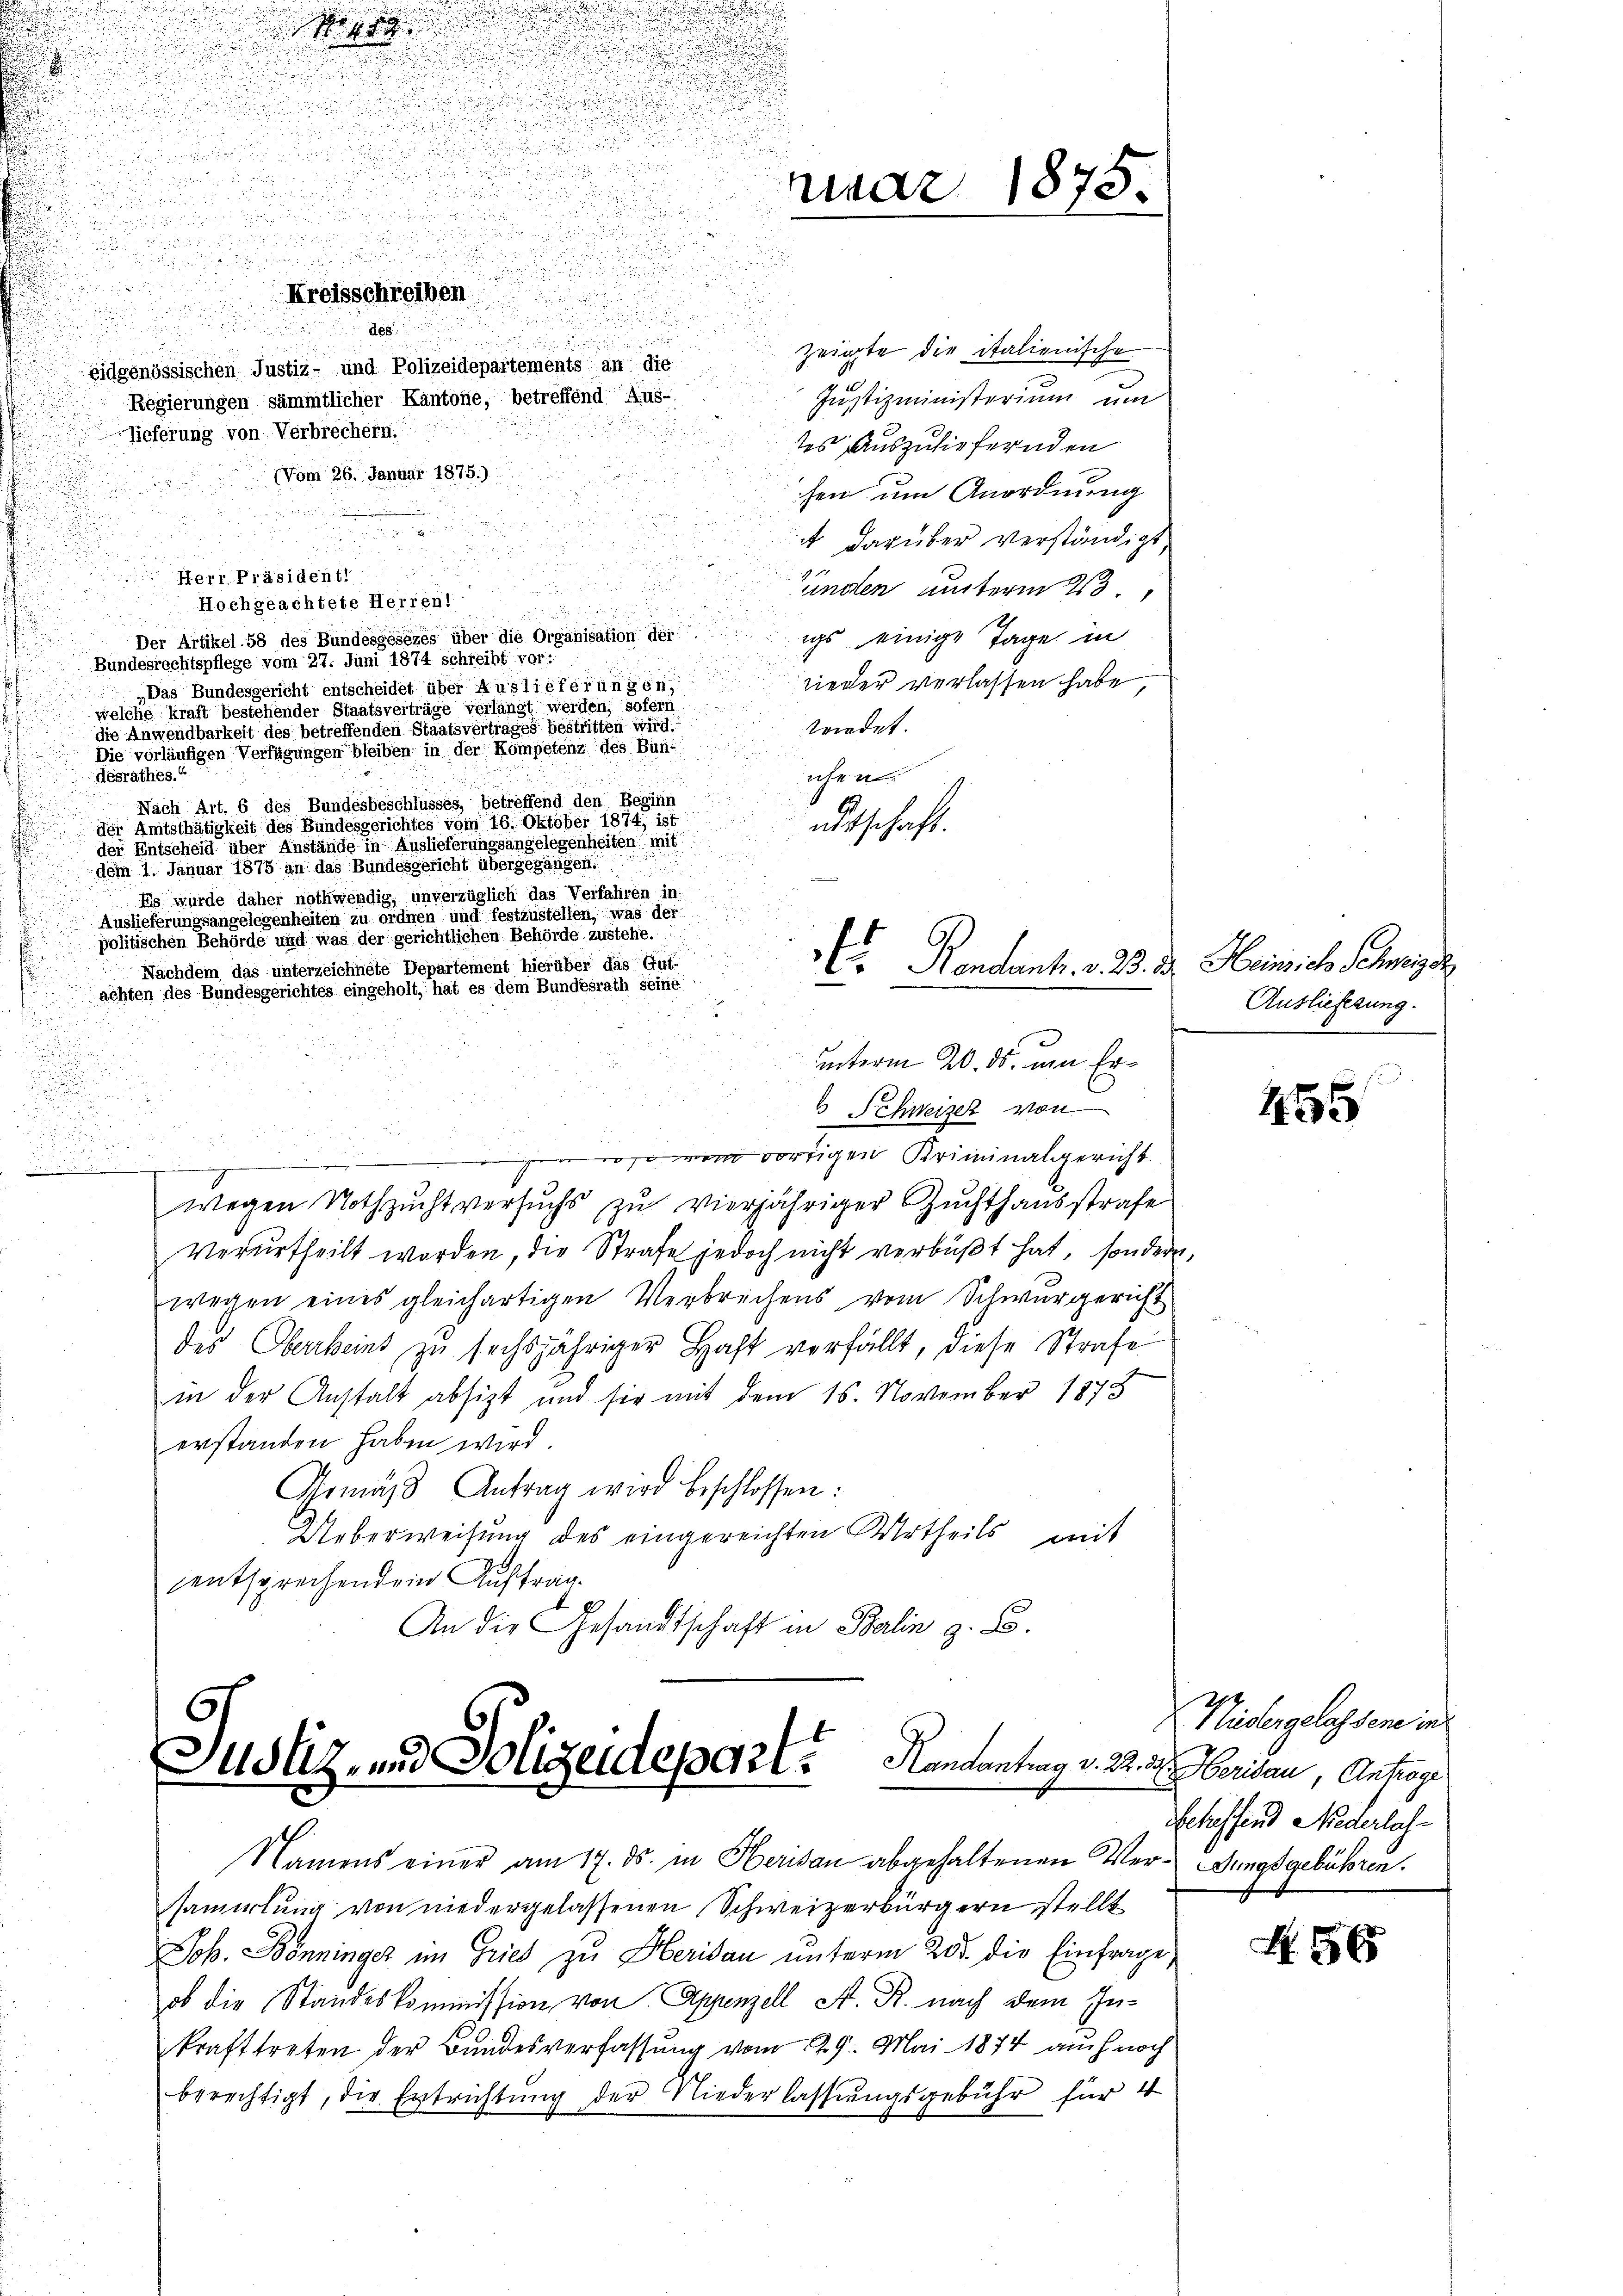
.

Me

u

u

u

u
i

Kreisschreiben
.

u
.
Eidgenössischen Justiz- und Polizeidepartements an die
Regierungen sämmtlicher Kantone, betreffend Aus-
lieferung von Verbrechern.

zeigte die italienische
Justizministerium um
tes auszuliefernden
(Vom 26. Januar 1875.)
chen um Anordnung
A darüber verständigt,
Herr Präsidentl
n
Günden unterm 23.
Hochgeachtete Herren!

igs einige Tage in
Der Artikel 58 des Bundesgesezes über die Organisation der
Bundesrechtspflege vom 27. Juni 1874 schreibt vor:
nieder verlassen habe,
Das Bundesgericht entscheidet über Auslieferungen
welche Kraft bestehender Staatsverträge verlangt werden, sofern
wredet.
die Anwendbarkeit des betreffenden Staatsvertrages bestritten wird.
Die vorläufigen Verfügungen bleiben in der Kompetenz des Bundesrathes.
ichen.
Nach Art. 6 des Bundesbeschlusses, betreffend den Beginn
der Amtsthätigkeit des Bundesgerichtes vom 16. Oktober 1874 ist
adtschaft.
der Entscheid über Anstände in Auslieferungsangelegenheiten mit
dem 1. Januar 1875 an das Bundesgericht übergegangen.
Es wurde daher nothwendig, unverzüglich das Verfahren in
Auslieferungsangelesenheiten zu ordnen und festzustellen, was der
politischen Behörde und was der gerichtlichen Behörde zustehe.
Bendant. v. 3. d. Heinriche Peinige
Nachdem das unterzeichnete Departement hierüber das Gutachten des Bundesgerichtes eingeholt, hat es dem Bundesrath seine
n
uinterm 20. ds. um Ern
6 Schweizer von
d
roso von vorigen Kriminalgericht.
wegen Nothzuchtversuchs zu vierjähriger Zuchthausstrafe
Verurtheilt worden, die Strafe jedoch nicht verbüßt hat, sondern.
wegen eines gleichartigen Verbrechens vom Schwurgericht
des Oberbeins zŭ sechsjähriger Haft verfällt, diese Strafe
in der Anstalt absizt und sie mit dem 15. November 1873
erstanden haben wird.
Urmäβ Antrag wird beschlossen:
Ueberweisung des eingereichten Urtheils mit
entsprechenden Auftrag.

nuar 1875.

Juolz- und Sorgeldes der Handantrag v. 22. 7. Heridau, Antrage
“

Namens einer am 17. ds. in Herisau abgehaltenen Ver- Sungsgebühren.
samirtung von niedergelassenen Schweizerbürgern stellt
Job. Bonninger im Gries zu Heridau unterm 205. die Einfrage,
ob die Standeskommission von Appenzell A. R. nach dem Inkrafttreten der Bundesverfassung vom 229. Mai 1874 auch noch
berechtigt, die Entrichtung der Niederlassungsgebühr für 4

Auslieferung.

455

Nidergelassene in
Scheffend Niederlas¬

N. 56